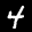
Label: 4